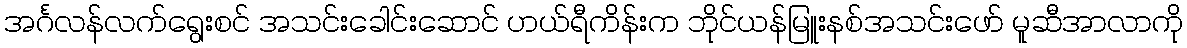
အင်္ဂလန်လက်ရွေးစင် အသင်းခေါင်းဆောင် ဟယ်ရီကိန်းက ဘိုင်ယန်မြူးနစ်အသင်းဖော် မူဆီအာလာကို